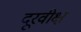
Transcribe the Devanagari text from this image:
दूरवीक्ष